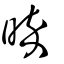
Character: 晬